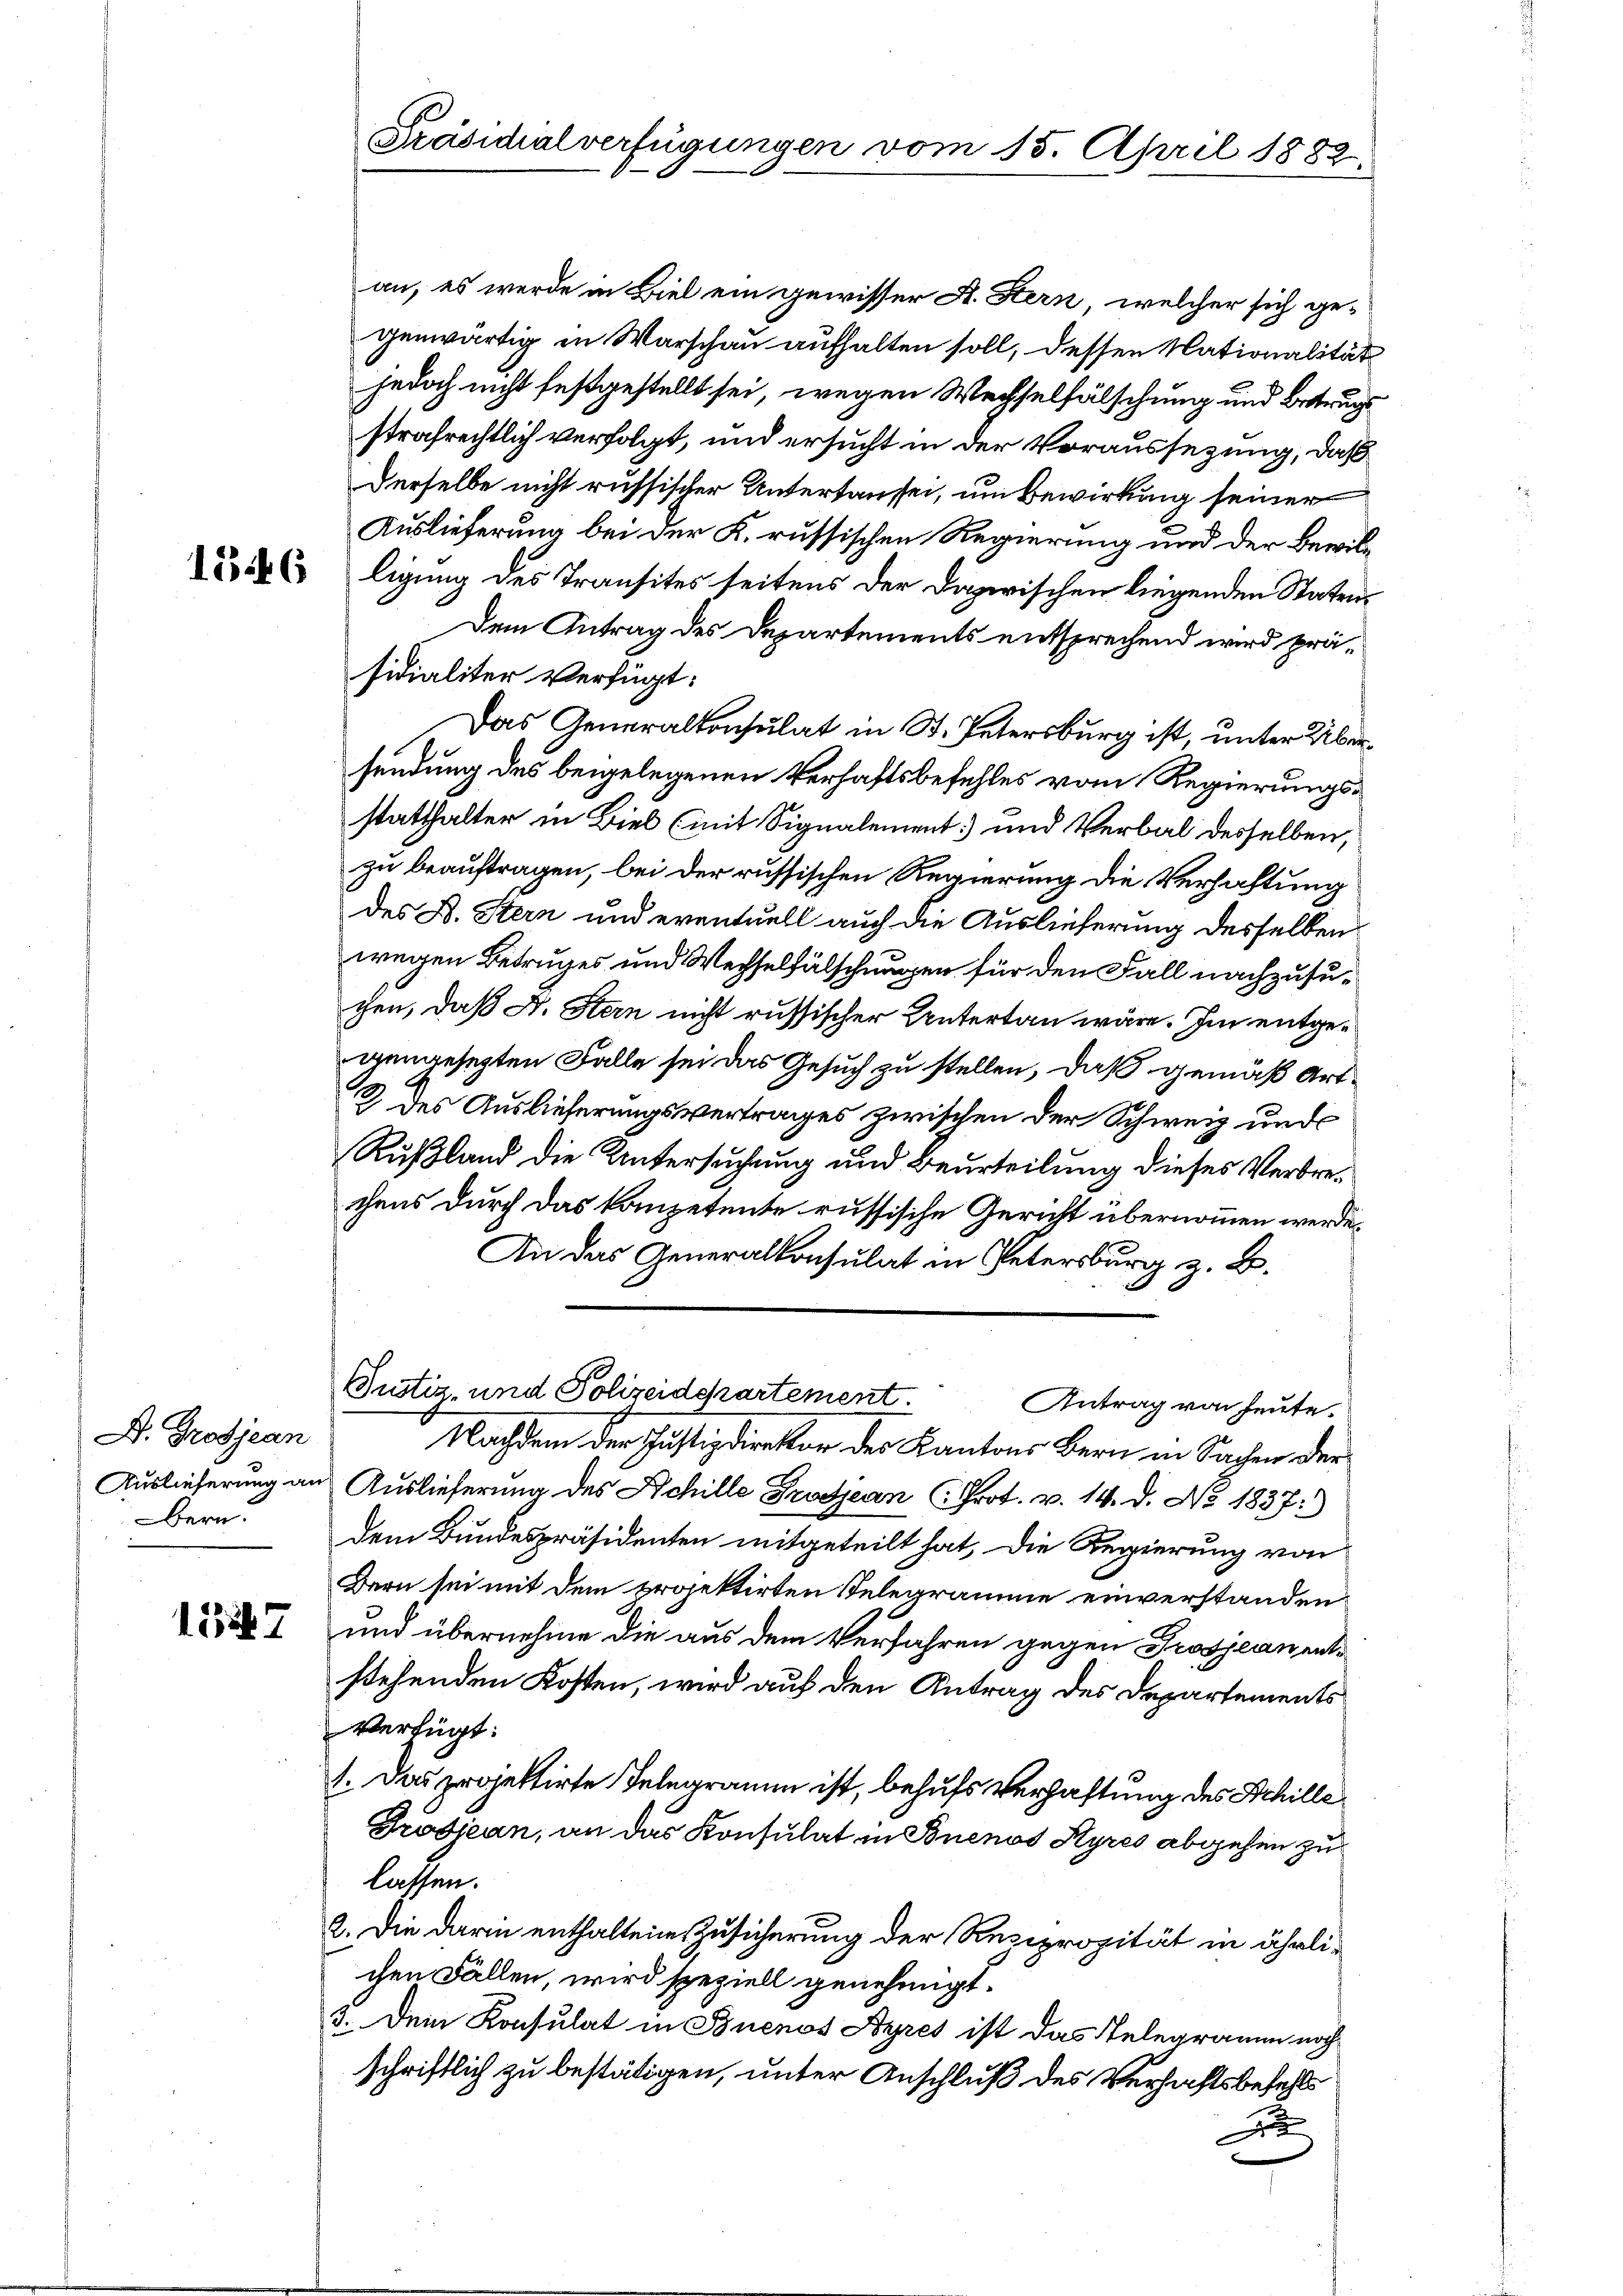
D. Prodjean
Bern.

1527

Präsidialverfügungen vom 15. April 1882

an, es werde in Biel ein gewisser A. Stern, welcher sich gegenwärtig in Warschau aufhalten soll, dessen Nationalität
jedoch nicht festgestellt sei, wegen Wechselfälschung und Betrug
strafrechtlich verfolgt, und ersucht in der Voraussezung, daß
derselbe nicht russischer Untertausei, um Bewirkung seiner
Auslieferung bei der K. russischen Regierung und der Bewil¬
 ligung des Transites seitens der dazwischen liegenden Staten¬
Dem Antrag des Departements entsprechend wird präsidialiter Verfügt:
Das Generalkonsulat in St. Petersburg ist, unter Übersendung des beigelegenen Verhaftsbefehles vom Regierungsstatthalter in Biel (mit Signalement und Verbal desselben,
zu beauftragen, bei der russischen Regierung die Verhaltung
des B. Stern und eventuell auch die Auslieferung desselben
wegen Betruges und Wechselfälschungen für den Fall nachzusuchen, daß A. Stern nicht russischer Untertan wäre. Im entgegengesezten Falle sei das Gesuch zu stellen, daß gemäß Art
2. des Auslieferungsvertrages zwischen der Schweiz und
Rußland die Untersuchung und Beurteilung dieses Verbrechens durch das kompetente russische Gericht übernommen werde.
An das Generalkonsulat in Petersburg z. B.
Justiz- und Polizeidchartement.
Antrag von heute.
Nachdem der Justizdirektor des Kantons Bern in Sachen der
Auslieferung an Auslieferung des Schille Grodjean Prot. v. 14. d. No. 1837.
dem Bundespräsidenten mitgeteilt hat, die Regierung von
Bern sei mit dem projektirten Telegramme einverstanden
und übernehme die aus dem Verfahren gegen Prosjean entstehenden Kosten, wird auf den Antrag des Departements
Verfügt:
1. Das projektirte Telegramm ist, behufs Verhaftung des Schille
Trodiean, an das Konsulat in Buenos Ayres abgehen zu
lassen.
2. Die darin enthaltene Zusicherung der Rezipropität in ährlichen Fällen, wird speziell genehmigt.
3. Dein Konsulat in Buenos Ayres ist das Telegramm noch
schriftlich zu bestätigen, unter Anschluß des Verhaltsbefehls
x